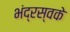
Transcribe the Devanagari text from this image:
भंद्रस्वके